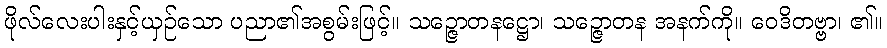
ဖိုလ်လေးပါးနှင့်ယှဉ်သော ပညာ၏အစွမ်းဖြင့်။ သဉ္ဇောတနဋ္ဌော၊ သဉ္ဇောတန အနက်ကို။ ဝေဒိတဗ္ဗာ၊ ၏။